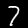
Digit: 7